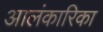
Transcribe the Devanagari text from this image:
आलंकारिका